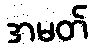
အမတ်